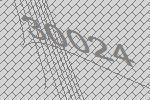
30024